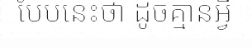
បែបនេះថា ដូចគ្មានអ្វី